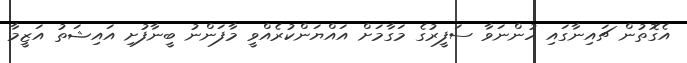
އެގޮތުން ޗައިނާގައި ހުންނަވާ ސަފީރުގެ މަގާމަށް އައްޔަންކުރެއްވީ މާފަންނު ބީނާފުށި އައިޝަތު އަޒީމާ